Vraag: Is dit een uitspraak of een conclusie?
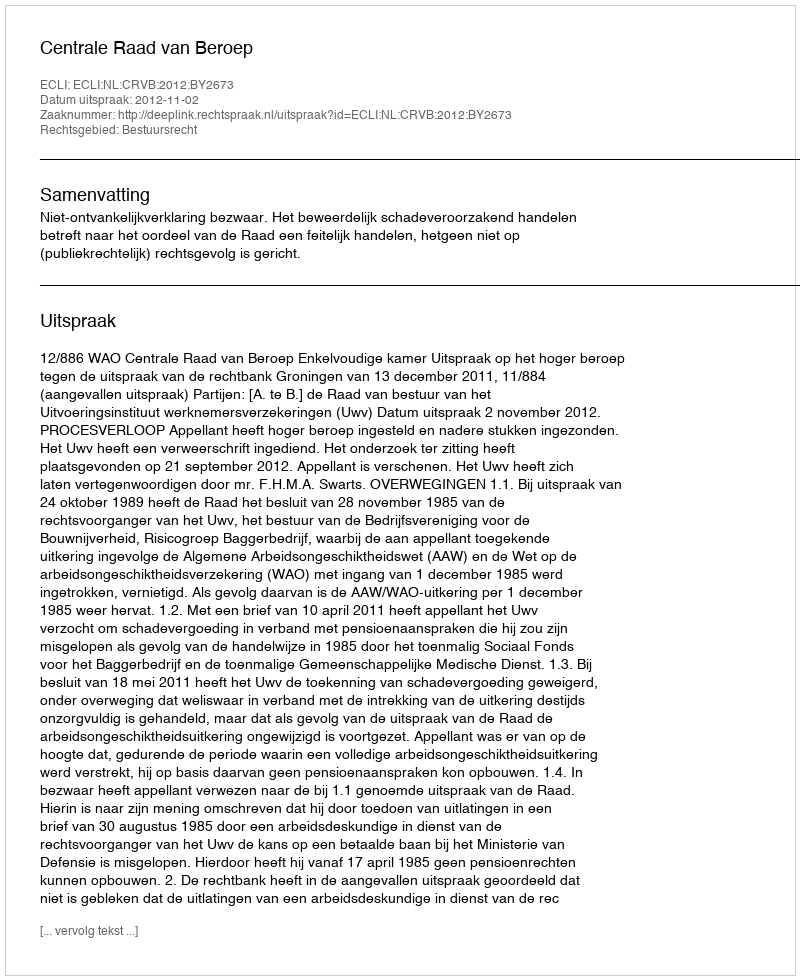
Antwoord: Uitspraak